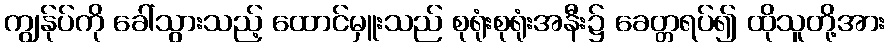
ကျွန်ုပ်ကို ခေါ်သွားသည့် ထောင်မှူးသည် စုရုံးစုရုံးအနီး၌ ခေတ္တရပ်၍ ထိုသူတို့အား